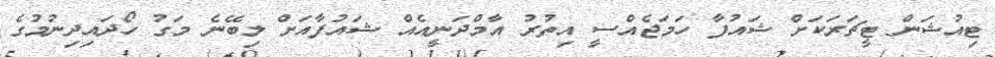
ޓިއުޝަން ޓީޗަރަކަށް ޝައުފާ ހަމަޖެއްސީ އިތުރު އާމްދަނީއެއް ޝައުފާއަށް ލިބޭނެ މަގު ހޯދައިދިނުމުގެ